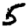
Digit: 5